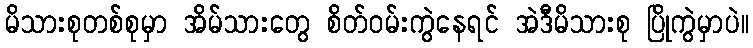
မိသားစုတစ်စုမှာ အိမ်သားတွေ စိတ်ဝမ်းကွဲနေရင် အဲဒီမိသားစု ပြိုကွဲမှာပဲ။